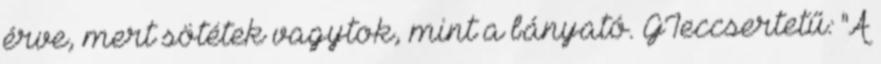
érve, mert sötétek vagytok, mint a bányató. GIeccsertetű: "A